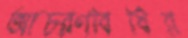
আচরণবিধির